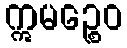
ဣမဉ္စေဝ